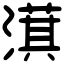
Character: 𣾁